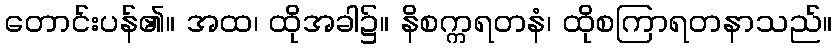
တောင်းပန်၏။ အထ၊ ထိုအခါ၌။ နိစက္ကရတနံ၊ ထိုစကြာရတနာသည်။